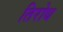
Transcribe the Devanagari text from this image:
तिरोध